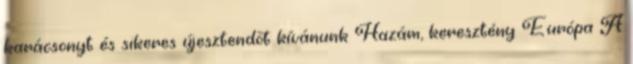
karácsonyt és sikeres újesztendõt kívánunk Hazám, keresztény Európa A